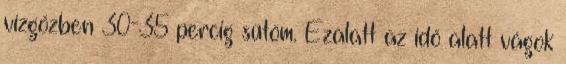
vízgőzben 30-35 percig sütöm. Ezalatt az idő alatt vágok